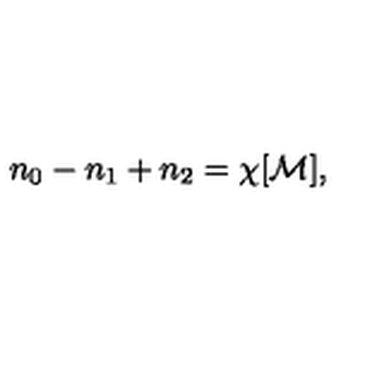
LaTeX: n _ { 0 } - n _ { 1 } + n _ { 2 } = \chi [ { \cal M } ] ,